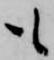
も